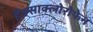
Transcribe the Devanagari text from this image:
हैक्साक्लोरोफेन